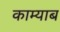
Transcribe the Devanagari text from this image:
काम्याब